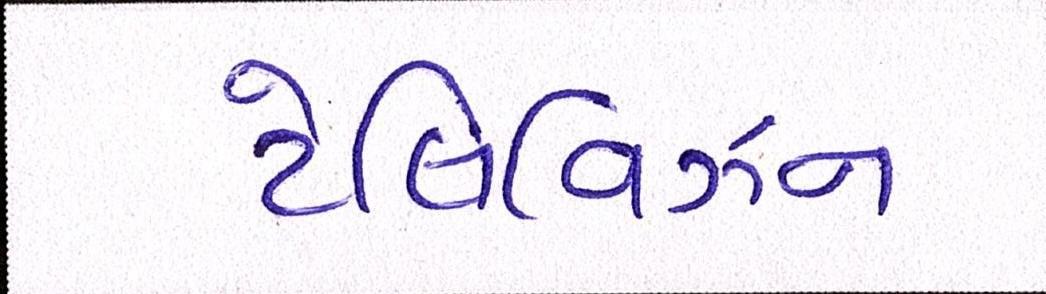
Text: ટેલિવિઝન